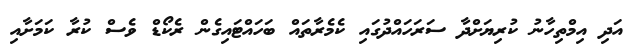
އަދި އިމްތިހާނު ކުރިޔަށްދާ ސަރަހައްދުގައި ކެމެރާތައް ބަހައްޓައިގެން ރެކޯޑް ވެސް ކުރާ ކަމަށާއި